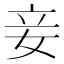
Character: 妾